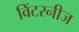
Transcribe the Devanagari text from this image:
विंटरनीज